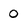
Character: o